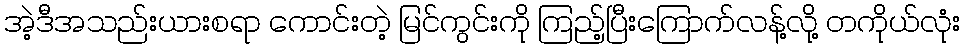
အဲ့ဒီအသည်းယားစရာ ကောင်းတဲ့ မြင်ကွင်းကို ကြည့်ပြီးကြောက်လန့်လို့ တကိုယ်လုံး